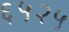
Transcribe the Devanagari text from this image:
६५२५